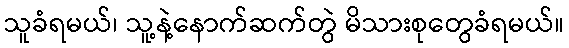
သူခံရမယ်၊ သူ့နဲ့နောက်ဆက်တွဲ မိသားစုတွေခံရမယ်။